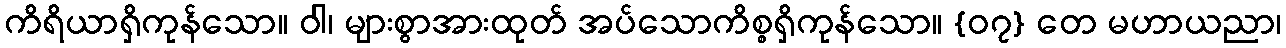
ကိရိယာရှိကုန်သော။ ဝါ၊ များစွာအားထုတ် အပ်သောကိစ္စရှိကုန်သော။ {၀၇} တေ မဟာယညာ၊